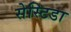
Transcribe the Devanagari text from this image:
सेस्टिडा